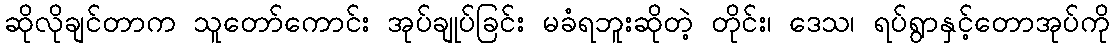
ဆိုလိုချင်တာက သူတော်ကောင်း အုပ်ချုပ်ခြင်း မခံရဘူးဆိုတဲ့ တိုင်း၊ ဒေသ၊ ရပ်ရွာနှင့်တောအုပ်ကို